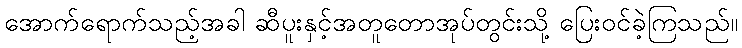
အောက်ရောက်သည့်အခါ ဆီပူးနှင့်အတူတောအုပ်တွင်းသို့ ပြေးဝင်ခဲ့ကြသည်။